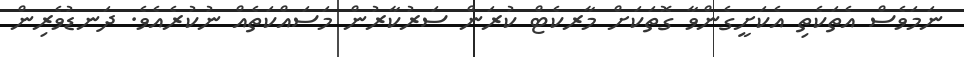
ނަމަވެސް އެތަކެތި އެކަށީގެންވާ ގޮތަކަށް މާރކެޓް ކުރަން ސަރުކާރުން މަސައްކަތެއް ނުކުރެއެވެ. ދަނޑުވެރިން